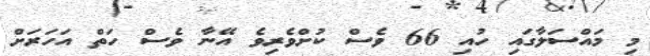
މި މައްސަލާގައި ހުއި 66 ވެސް ކުށްވެރިވެ އޭނާ ވެސް ހަތް އަހަރަށް